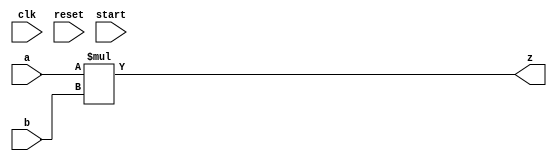
`timescale 1ns / 1ps
//////////////////////////////////////////////////////////////////////////////////
// Company: 
// Engineer: 
// 
// Design Name: 
// Module Name: multu
// Project Name: 
// Target Devices: 
// Tool Versions: 
// Description: 
// 
// Dependencies: 
// 
// Revision:
// Revision 0.01 - File Created
// Additional Comments:
// 
//////////////////////////////////////////////////////////////////////////////////


module MULTU(
	input clk,                  // 
	input reset,                // 
	input start,                // 
	input [31:0] a,             // a
	input [31:0] b,             // b
	output [63:0] z             // z
);

	wire [64:0] tmp;            // tmp
	assign tmp = {1'b0, a} * {1'b0, b};    // abtmp
	assign z = tmp[63:0];       // tmp63z

endmodule